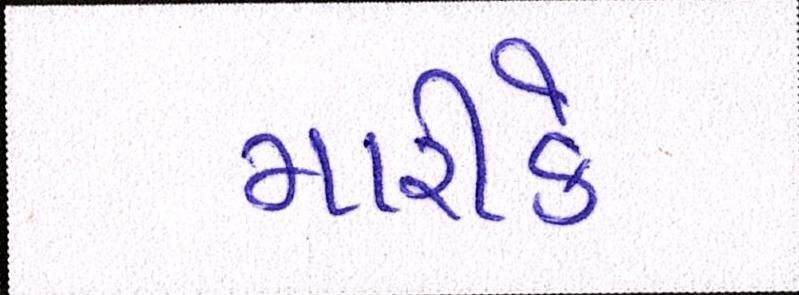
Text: મારીકે